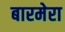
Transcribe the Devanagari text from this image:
बारमेरा